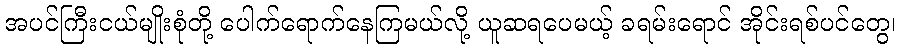
အပင်ကြီးငယ်မျိုးစုံတို့ ပေါက်ရောက်နေကြမယ်လို့ ယူဆရပေမယ့် ခရမ်းရောင် အိုင်းရစ်ပင်တွေ၊